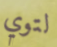
لتوي